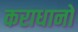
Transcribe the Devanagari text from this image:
कराधानों